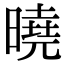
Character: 曉